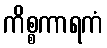
ကိစ္စကာရကံ